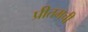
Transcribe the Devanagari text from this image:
प्रीतमची